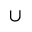
\cup